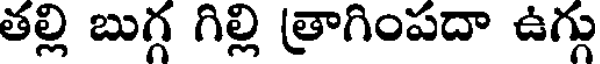
తల్లి బుగ్గ గిల్లి త్రాగింపదా ఉగ్గు